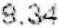
9.34